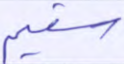
سقيم